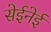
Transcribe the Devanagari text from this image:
सेईनेई